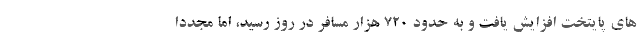
های پایتخت افزایش یافت و به حدود ۷۲۰ هزار مسافر در روز رسید، اما مجددا